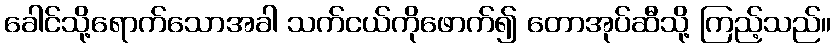
ခေါင်သို့ရောက်သောအခါ သက်ငယ်ကိုဖောက်၍ တောအုပ်ဆီသို့ ကြည့်သည်။